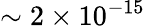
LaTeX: \sim 2\times 10^{-15}